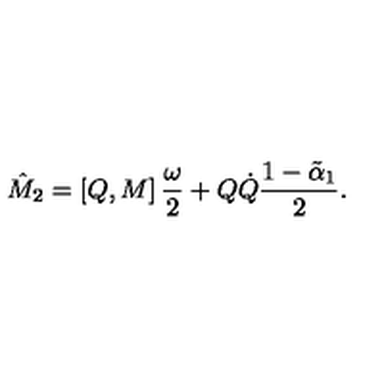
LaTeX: \hat { M } _ { 2 } = \left[ Q , M \right] \frac { \omega } { 2 } + Q \dot { Q } \frac { 1 - \tilde { \alpha } _ { 1 } } { 2 } .